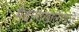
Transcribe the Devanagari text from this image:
मैदानाखालोखाल